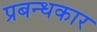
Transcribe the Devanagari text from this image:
प्रबन्धकार